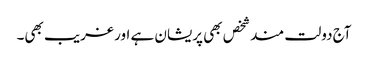
آج دولت مندشخص بھی پریشان ہے اور غریب بھی۔